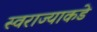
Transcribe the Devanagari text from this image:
स्वराज्याकडे